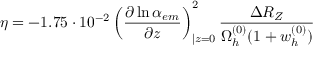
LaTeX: \eta = - 1 . 7 5 \cdot 1 0 ^ { - 2 } \left( \frac { \partial \ln \alpha _ { e m } } { \partial z } \right) _ { | z = 0 } ^ { 2 } \frac { \Delta R _ { Z } } { \Omega _ { h } ^ { ( 0 ) } ( 1 + w _ { h } ^ { ( 0 ) } ) }